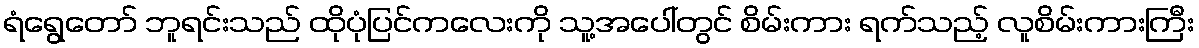
ရံရွေတော် ဘူရင်းသည် ထိုပုံပြင်ကလေးကို သူ့အပေါ်တွင် စိမ်းကား ရက်သည့် လူစိမ်းကားကြီး